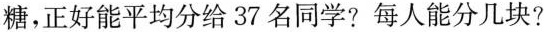
糖，正好能平均分给37名同学?每人能分几块?